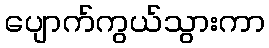
ပျောက်ကွယ်သွားကာ